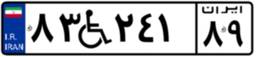
۸۳W۲۴۱۸۹